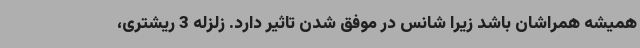
همیشه همراشان باشد زیرا شانس در موفق شدن تاثیر دارد. زلزله 3 ریشتری،